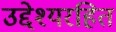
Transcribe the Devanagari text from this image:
उद्देश्यरहित